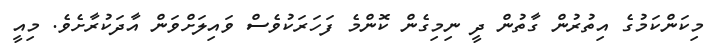
މިކަންކަމުގެ އިތުރުން ގާތުން ދީ ނިމިގެން ކޮންމެ ފަހަރަކުވެސް ވައިލަށްވަން އާދަކުރާށެވެ. މިއީ